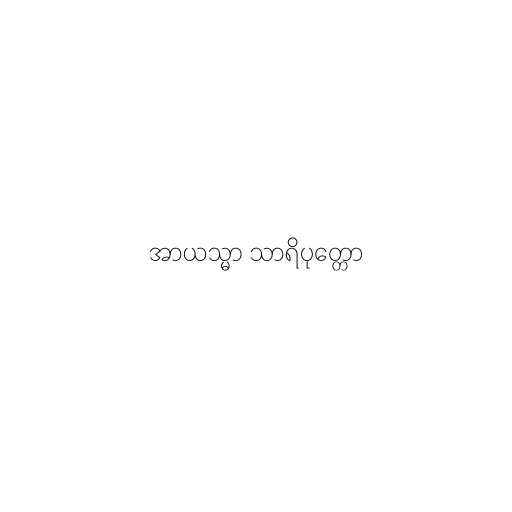
အာယသ္မာ သာရိပုတ္တော